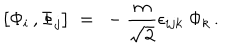
LaTeX: \big [ \Phi _ { i } \, , \Phi _ { j } \big ] ~ = ~ - { \frac { m } { \sqrt { 2 } } } \epsilon _ { i j k } ~ \Phi _ { k } \, .